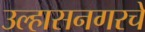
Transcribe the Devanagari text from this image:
उल्हासनगरचे